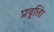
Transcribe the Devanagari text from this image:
प्रवृत्तिा